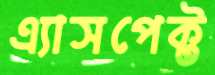
এ্যাসপেক্ট